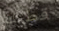
قطتك